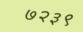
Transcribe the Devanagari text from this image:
७२३९